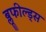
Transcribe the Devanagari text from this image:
ब्लूफील्ड्स